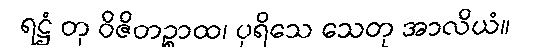
ရဋ္ဌံ တု ဝိဇိတဉ္စာထ၊ ပုရိသေ သေတု အာလိယံ။